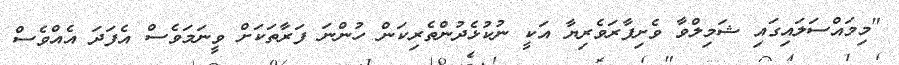
"މިމައްސަލައިގައި ޝަމިލްވާ ވެށިފާރަވެރިޔާ އަކީ ނުކުޅެދުންތެރިކަން ހުންނަ ފަރާތަކަށް ވީނަމަވެސް އެފަދަ އެއްވެސް